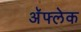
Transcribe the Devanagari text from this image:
अॅफ्लेक